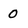
Character: 0